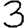
Digit: 3